Vaccination in Bombay 1869-1873 - 1869-1873
Year: 1869
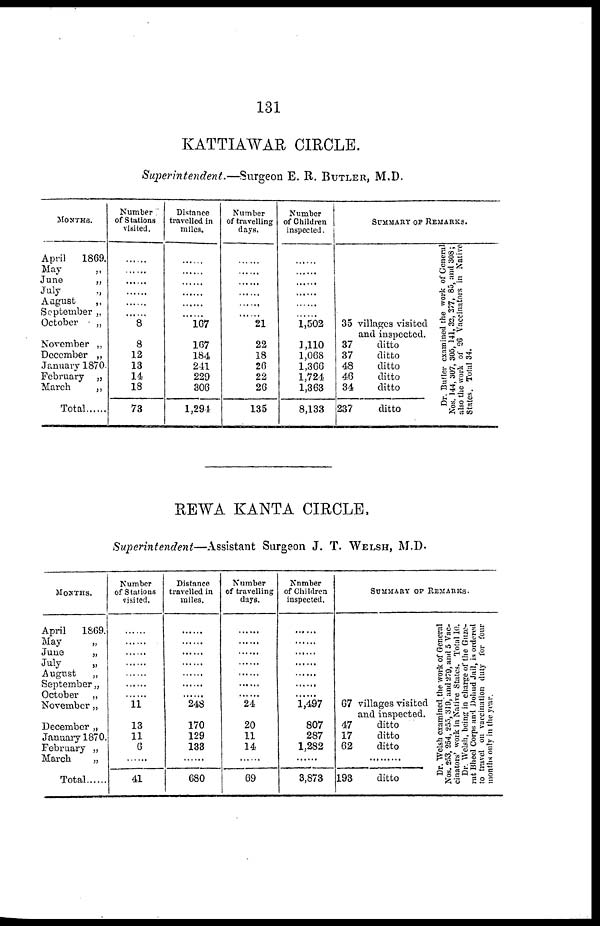
131
KATTIAWAR CIRCLE.
Superintendent.—Surgeon E. R. BUTLER, M.D.
MONTHS.
April 1869.
May
„
June
„
July „
August
„
September „
October
„
November „
December „
January 1870.
February „
March
„
Total
Number
of Stations
visited.
......
......
......
......
......
......
8
8
12
13
14
18
73
Distance
travelled in
miles.
......
......
......
......
......
......
167
167
184
241
229
306
1,294
Number
of travelling
days.
......
......
......
......
......
......
21
22
18
26
22
26
135
Number
of Children
inspected.
......
......
......
......
......
......
1,502
1,110
1,068
1,366
1,724
1,363
8,133
SUMMARY OF REMARKS.
35 villages visited
and inspected.
37
ditto
37
ditto
48
ditto
46
ditto
34
ditto
237
ditto
Dr. Butler examined the work of General
Nos. 144, 307, 305, 141, 32, 377, 85, and 308;
also the work of 20 Vaccinators in Native
States.
Total
34.
REWA KANTA CIRCLE.
Superintendent—Assistant Surgeon J. T. WELSH, M.D.
MONTHS.
April 1869.
May
„
June
„
July
„
August
„
September „
October „
November „
December „
January 1870.
February „
March
„
Total
Number
of Stations
visited.
......
......
......
......
......
......
...... 11
13
11
6
......
41
Distance
travelled in
miles.
......
......
......
......
......
......
...... 248
170
129
133
......
680
Number
of travelling
days.
......
......
......
......
......
......
...... 24
20
11
14
......
69
Number
of Children
inspected.
......
......
......
......
......
......
...... 1,497
807
287
1,282
......
3,873
SUMMARY OF REMARKS.
67 villages visited
and inspected.
47
ditto
17
ditto
62
ditto
......
193
ditto
Dr. Welsh examined the work of General
Nos. 253, 254, 255, 319, and 279, and 5 Vac-
cinators' work in Native States. Total 10.
Dr. Welsh, being in charge of the Guze¬
rat Bheel Corps and. Dhud Jail, is ordered
to travel on vaccination duty for four
months only in the year.